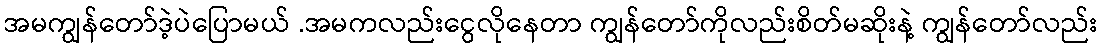
အမကျွန်တော်ဒဲ့ပဲပြောမယ် .အမကလည်းငွေလိုနေတာ ကျွန်တော်ကိုလည်းစိတ်မဆိုးနဲ့ ကျွန်တော်လည်း